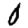
Digit: 0